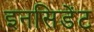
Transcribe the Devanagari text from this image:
इनसिडेंट